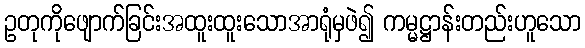
ဥတုကိုဖျောက်ခြင်းအထူးထူးသောအာရုံမှဖဲ၍ ကမ္မဋ္ဌာန်းတည်းဟူသော